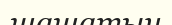
шашатын